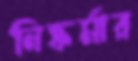
নিষ্কর্মার